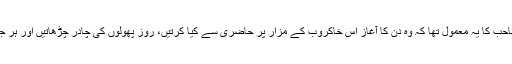
لیکن اس سانحہ کے بعد سے بیگم صاحب کا یہ معمول تھا کہ وہ دن کا آغاز اس خاکروب کے مزار پر حاضری سے کیا کرتیں، روز پھولوں کی چادر چڑھاتیں اور ہر جمعرات مزار کو خود غسل دیا کرتیں۔